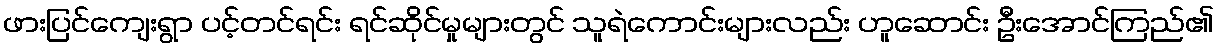
ဖားပြင်ကျေးရွာ ပင့်တင်ရင်း ရင်ဆိုင်မှုများတွင် သူရဲကောင်းများလည်း ဟူဆောင်း ဦးအောင်ကြည်၏